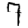
Digit: 7